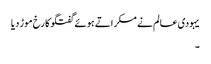
یہودی عالم نے مسکراتے ہوئے گفتگو کا رخ موڑ دیا
۔